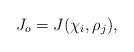
LaTeX: \begin{align*} J_o=J(\chi_i,\rho_j),\end{align*}